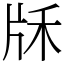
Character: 𤖱